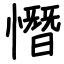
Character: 憯